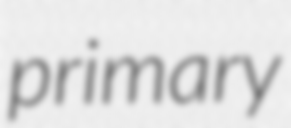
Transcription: primary